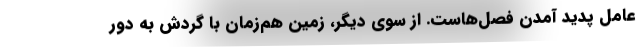
عامل پدید آمدن فصل‌هاست. از سوی دیگر، زمین هم‌زمان با گردش به دور